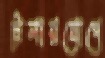
ট্রলারযোগে